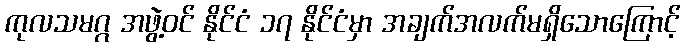
ကုလသမဂ္ဂ အဖွဲ့ဝင် နိုင်ငံ ၁၇ နိုင်ငံမှာ အချက်အလက်မရှိသောကြောင့်